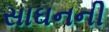
સાઘનની